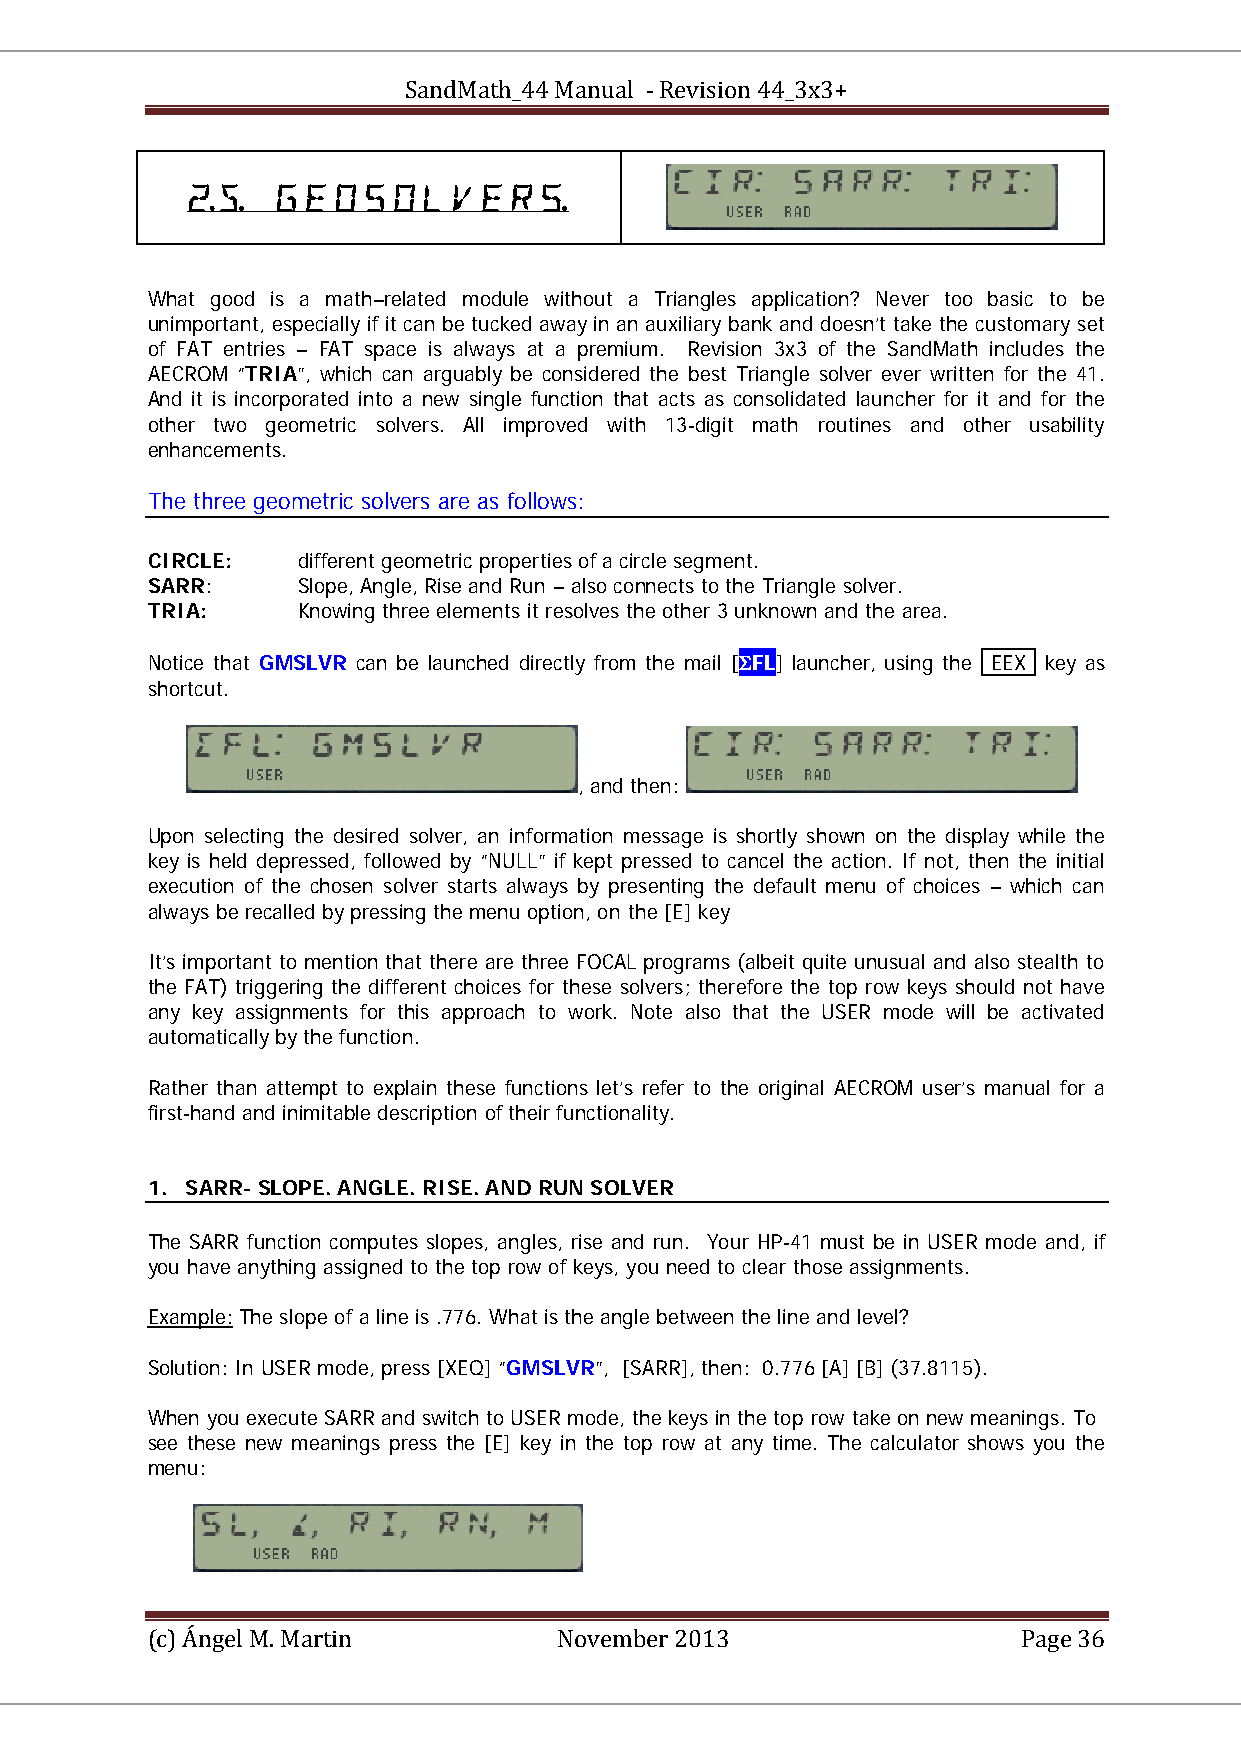
SandMath_44 Manual - Revision 44_3x3+
   
 UU                        UU
 What good is a math–related module without a Triangles application? Never too basic to be
 unimportant, especially if it can be tucked away in an auxiliary bank and doesn’t take the customary set
 of FAT entries – FAT space is always at a premium. Revision 3x3 of the SandMath includes the
 AECROM “TRIA”, which can arguably be considered the best Triangle solver ever written for the 41.
 And it is incorporated into a new single function that acts as consolidated launcher for it and for the
 other two geometric solvers. All improved with 13-digit math routines and other usability
 enhancements.
 The three geometric solvers are as follows:
 CIRCLE:   different geometric properties of a circle segment.
 SARR:     Slope, Angle, Rise and Run – also connects to the Triangle solver.
 TRIA:     Knowing three elements it resolves the other 3 unknown and the area.
 Notice that GMSLVR can be launched directly from the mail [ΣFL] launcher, using the EEX key as
 shortcut.
 , and then:
 Upon selecting the desired solver, an information message is shortly shown on the display while the
 key is held depressed, followed by “NULL” if kept pressed to cancel the action. If not, then the initial
 execution of the chosen solver starts always by presenting the default menu of choices – which can
 always be recalled by pressing the menu option, on the [E] key
 It’s important to mention that there are three FOCAL programs (albeit quite unusual and also stealth to
 the FAT) triggering the different choices for these solvers; therefore the top row keys should not have
 any key assignments for this approach to work. Note also that the USER mode will be activated
 automatically by the function.
 Rather than attempt to explain these functions let’s refer to the original AECROM user’s manual for a
 first-hand and inimitable description of their functionality.
 1. SARR- SLOPE. ANGLE. RISE. AND RUN SOLVER
 The SARR function computes slopes, angles, rise and run. Your HP-41 must be in USER mode and, if
 you have anything assigned to the top row of keys, you need to clear those assignments.
 Example: The slope of a line is .776. What is the angle between the line and level?
 Solution: In USER mode, press [XEQ] “GMSLVR”, [SARR], then: 0.776 [A] [B] (37.8115).
 When you execute SARR and switch to USER mode, the keys in the top row take on new meanings. To
 see these new meanings press the [E] key in the top row at any time. The calculator shows you the
 menu:
 (c) Ángel M. Martin        November 2013                  Page 36